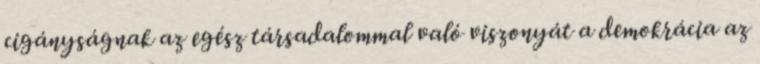
cigányságnak az egész társadalommal való viszonyát a demokrácia az